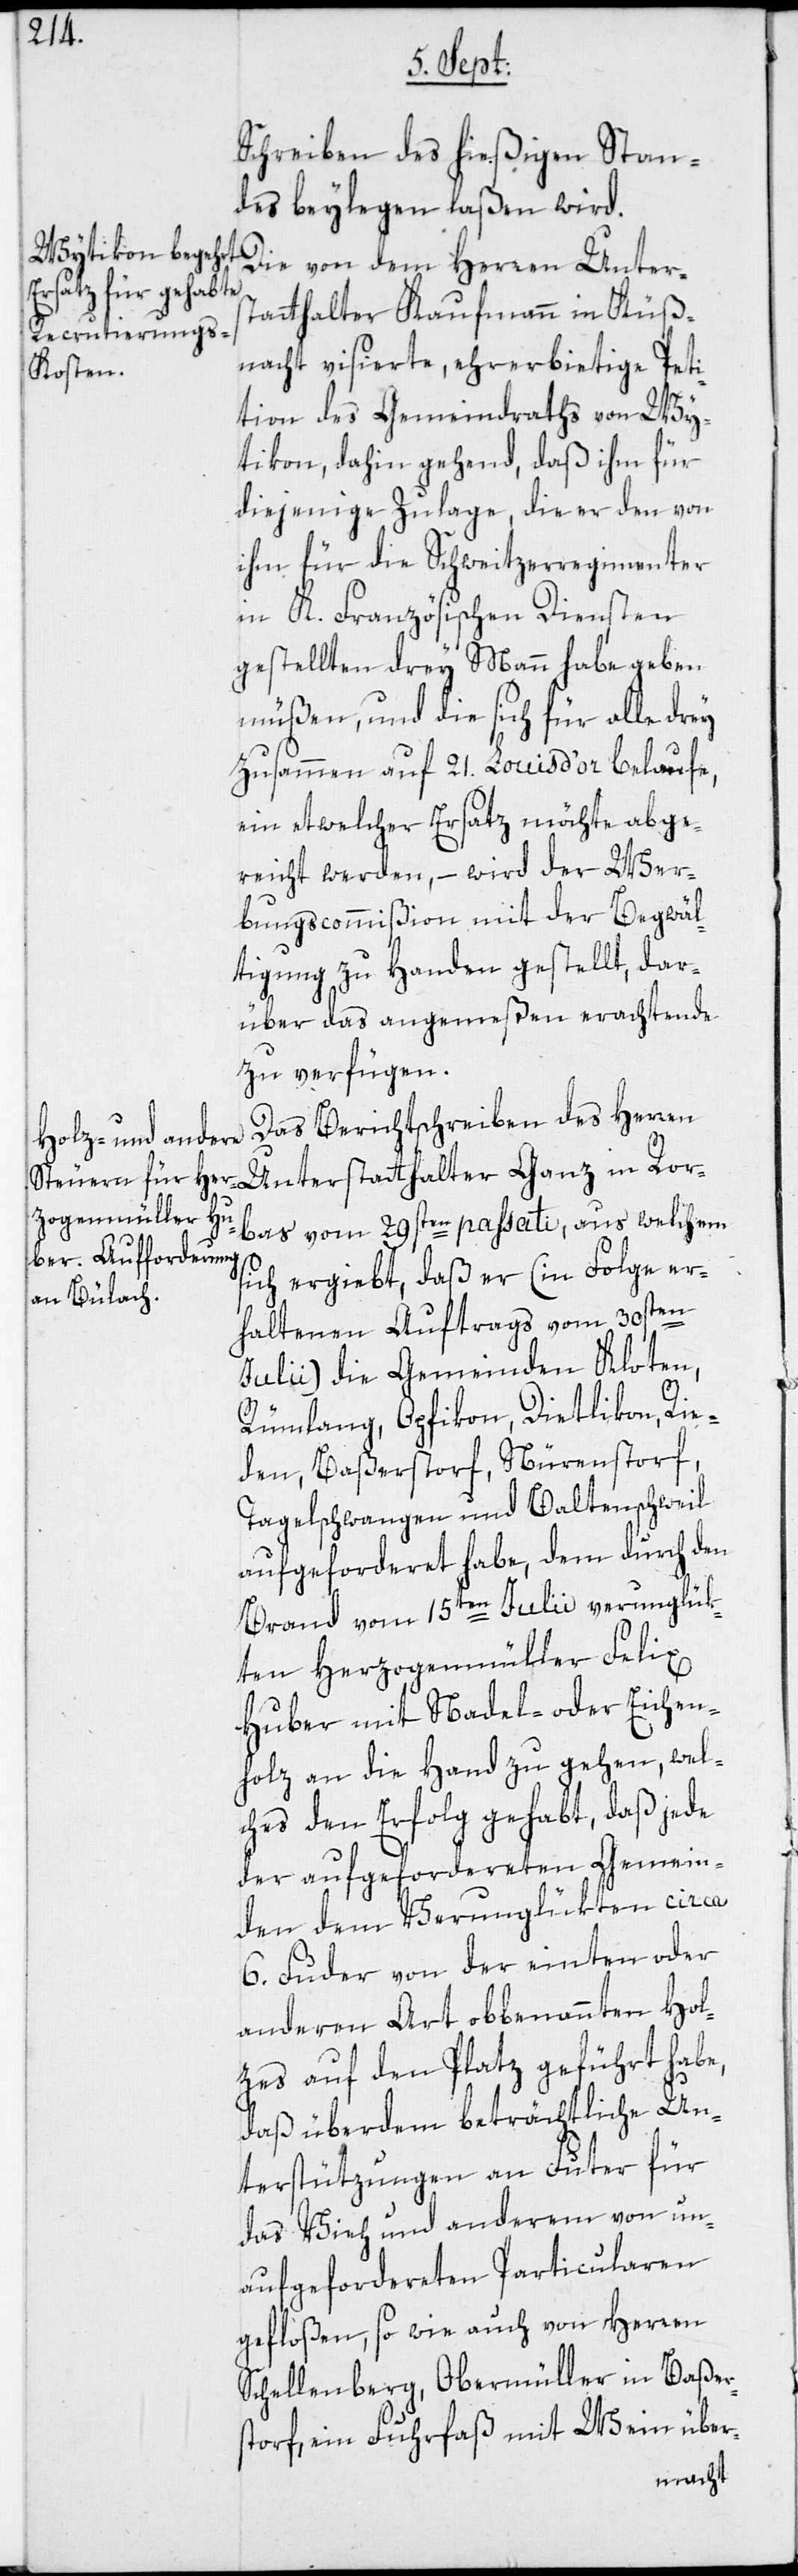
Schreiben des hießigen Stan¬
des beylegen laßen wird.
Die von dem Herren Unters¬
tatthalter Kaufmann in Küß¬
nacht visierte, ehrerbietige Peti¬
tion des Gemeindraths von Wy¬
tikon, dahin gehend, daß ihm für
diejenige Zulage, die er den von
ihm für die Schweitzerregimenter
in K. Französischen Diensten
gestellten drey Mann habe geben
müßen, und die sich für alle drey
zusammen auf 21. Louis d’or belaufe,
ein etwelcher Ersatz möchte abge¬
reicht werden, – wird der Wer¬
bungscommißion mit der Begwäl¬
tigung zu Handen gestellt, dar¬
über das angemeßen erachtende
zu verfügen.
Das Berichtschreiben des Herren
Unterstatthalter Ganz in Ror¬
bas vom 29sten passati, aus welchem
sich ergiebt, daß er (in Folge er¬
haltenen Auftrags vom 30sten
Julii) die Gemeinden Kloten,
Rümlang, Opfikon, Dietlikon, Rie¬
den, Baßerstorf, Nürenstorf,
Tagelschwangen und Baltenschweil
aufgeforderet habe, dem durch den
Brand vom 15ten Julii verunglük¬
ten Herzogenmüller Felix
Huber mit Nadel- oder Eichen¬
holz an die Hand zu gehen, wel¬
ches den Erfolg gehabt, daß jede
s¬
der aufgefordereten Gemein¬
den dem Verunglükten circa
6. Fuder von der einten oder
anderen Art obbenannten Hol¬
zes auf den Platz geführt habe,
daß überdem beträchtliche Un¬
terstützungen an Futer für
das Vieh und anderem von un¬
aufgefordereten Particularen
gefloßen, so wie auch von Herren
Schellenberg, Obermüller in Baßer¬
torf, ein Fuhrfaß mit Wein über-